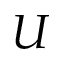
U